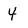
Character: 4